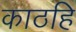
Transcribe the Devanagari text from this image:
काठहि